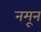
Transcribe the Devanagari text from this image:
नमून